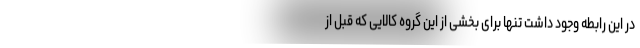
در این رابطه وجود داشت تنها برای بخشی از این گروه کالایی که قبل از